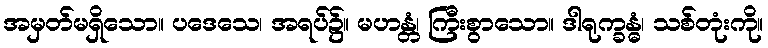
အမှတ်မရှိသော။ ပဒေသေ၊ အရပ်၌။ မဟန္တံ၊ ကြီးစွာသော။ ဒါရုက္ခန္ဓံ၊ သစ်တုံးကို။